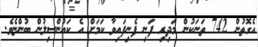
އެގޮތުން 742 ތަނަކުން މަދިރި ފަނި ފެނިފައިވާ ކަމަށް އެ ކައުންސިލުން ބުންޏެވެ.